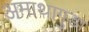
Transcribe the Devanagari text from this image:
अमाथागुडा